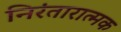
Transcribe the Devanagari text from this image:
निरंतारात्मक